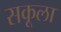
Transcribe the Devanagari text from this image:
सकूला